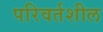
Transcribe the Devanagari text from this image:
परिवर्तशील